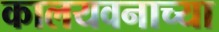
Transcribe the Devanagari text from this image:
कालयवनाच्या